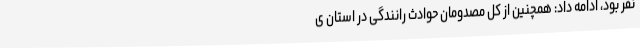
نفر بود، ادامه داد: همچنین از کل مصدومان حوادث رانندگی در استان ی